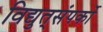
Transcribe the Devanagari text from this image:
विद्युत्‌संपर्को